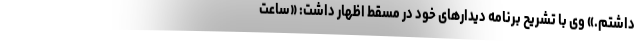
داشتم.» وی با تشریح برنامه دیدارهای خود در مسقط اظهار داشت: «ساعت